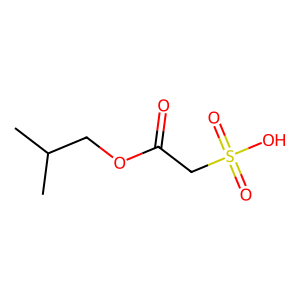
SMILES: CC(C)COC(=O)CS(=O)(=O)O
Inhibits HIV replication: No